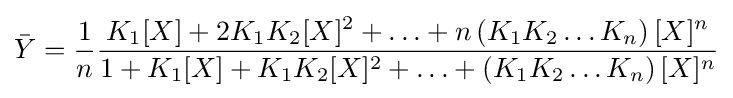
{\bar {Y}}={\frac {1}{n}}{\frac {K_{1}[X]+2K_{1}K_{2}[X]^{2}+\ldots +n\left(K_{1}K_{2}\ldots K_{n}\right)[X]^{n}}{1+K_{1}[X]+K_{1}K_{2}[X]^{2}+\ldots +\left(K_{1}K_{2}\ldots K_{n}\right)[X]^{n}}}